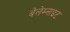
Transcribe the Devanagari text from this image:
बेलेम्नाइट